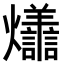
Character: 𭶩